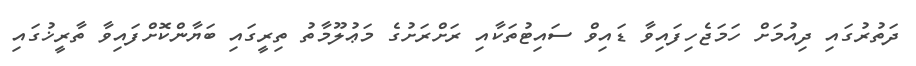
ދަތުރުގައި ދިއުމަށް ހަމަޖެހިފައިވާ ޑައިވް ސައިޓުތަކާއި ރަށްރަށުގެ މަޢުލޫމާތު ތިރީގައި ބަޔާންކޮށްފައިވާ ތާރީޚުގައި